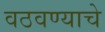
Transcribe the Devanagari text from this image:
वठवण्याचे